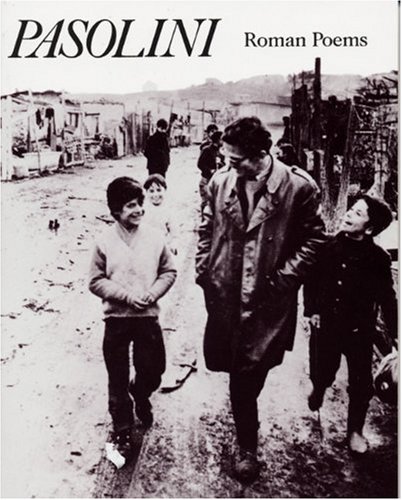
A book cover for Roman Poems (City Lights Pocket Poets Series) (Italian Edition); Pier Paolo Pasolini; Gay & Lesbian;